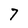
Character: 7